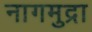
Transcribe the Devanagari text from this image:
नागमुद्रा